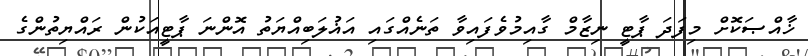
ޚާއްޞަކޮށް މިފަދަ ޕާޓީ ނިޒާމް ގާއިމުވެފައިވާ ތަނެއްގައި އަޣުލަބިއްޔަތު އޮންނަ ޕާޓީއަކުން ރައްޔިތުންގެ